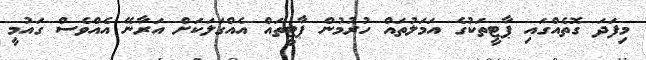
މިފަދަ ގޮތެއްގައި ޕާޓީތަކުގެ އަމަލުތައް ހުރުމުން ޕާޓީތައް އެއްގަލަކަށް އަރާނޭ އެއްވެސް ގައުމީ